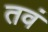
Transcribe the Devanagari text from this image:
तवं